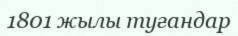
1801 жылы туғандар